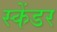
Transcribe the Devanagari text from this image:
स्केंडर